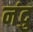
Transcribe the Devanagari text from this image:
नंदु